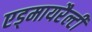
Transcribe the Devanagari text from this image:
एड्मायरैल्टी